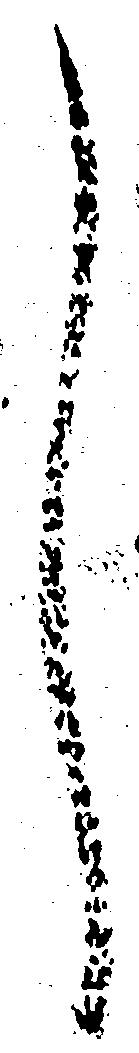
し